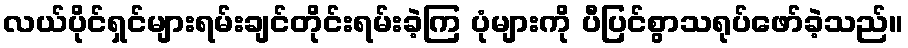
လယ်ပိုင်ရှင်များရမ်းချင်တိုင်းရမ်းခဲ့ကြ ပုံများကို ပီပြင်စွာသရုပ်ဖော်ခဲ့သည်။